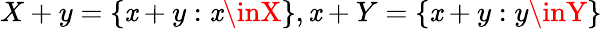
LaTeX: X+y=\{ \mathit{x}+y:\mathit{x}\inX\} ,\mathit{x}+Y=\{ \mathit{x}+y:y\inY\}